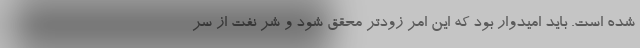
شده است. باید امیدوار بود که این امر زودتر محقق شود و شر نفت از سر